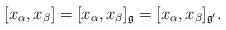
\begin{align*}[x_\alpha,x_\beta]=[x_\alpha,x_\beta]_{\frak g}=[x_\alpha,x_\beta]_{\frak g'}. \end{align*}